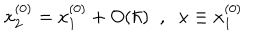
LaTeX: x _ { 2 } ^ { ( 0 ) } = x _ { 1 } ^ { ( 0 ) } + O ( \hbar ) \; \; , \; \; x \equiv x _ { 1 } ^ { ( 0 ) }